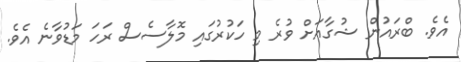
އެވެ. ބްރައުން ޝުގާއަށް ވުރެ މި ހަކުރުގައި މޮލާސެސް ރަހަ މަޑުވާނެ އެވެ.